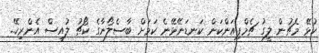
ކުޅޭ މެޗުން ލީގު ޗެމްޕިއަންކަން ކަނޑަނޭޅޭނެ ކަމަށް ބާސެލޯނާގެ ކޯޗު ލުއިސް އެންރިކޭ..